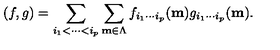
( f , g ) = \sum _ { i _ { 1 } < \cdots < i _ { p } } \sum _ { { \bf m } \in \Lambda } f _ { i _ { 1 } \cdots i _ { p } } ( { \bf m } ) g _ { i _ { 1 } \cdots i _ { p } } ( { \bf m } ) .